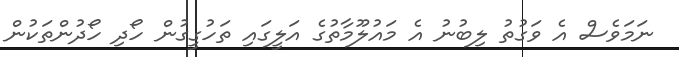
ނަމަވެސް އެ ވަގުތު ލިބުނު އެ މައުލޫމާތުގެ އަލީގައި ތަހުގީގުން ހޯދި ހޯދުންތަކުން